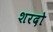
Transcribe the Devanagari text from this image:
शरदो